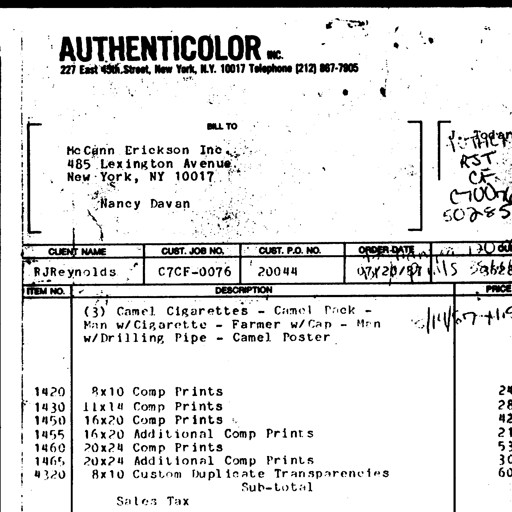
Transcript:
AUTHENTICOLOR INC.
227 East 45th Street, New York, N.Y. 10017 Telephone (212) 867-7905
BILL TO
McCann Erickson Inc
485 Lexington Avenue
New York, NY 10017
Nancy Davan
RST
CF
C70076
50285
CLIENT NAME CUST. JOB NO. CUST. P.O. NO. ORDER DATE
RJ Reynolds C7CF-0076 20044 07/20/87
ITEM NO. DESCRIPTION PRICE
(3) Camel Cigarettes - Camel Pack -
Man w/Cigarette - Farmer w/Cap - Man
w/Drilling Pipe - Camel Poster
1420 8x10 Comp Prints
1430 11x14 Comp Prints
1450 16x20 Comp Prints
1455 16x20 Additional Comp Prints
1460 20x24 Comp Prints
1465 20x24 Additional Comp Prints
4320 8x10 Custom Duplicate Transparencies
Sub-total
Sales Tax